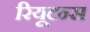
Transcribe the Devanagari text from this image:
रियूटन्स